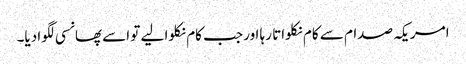
امریکہ صدام سے کام نکلواتا رہا اور جب کام نکلوا لیے تو اسے پھانسی لگوا دیا۔